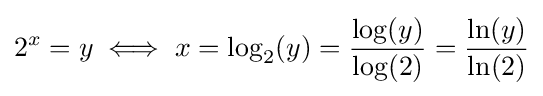
2^{x}=y\iff x=\log _{2}(y)={\frac {\log(y)}{\log(2)}}={\frac {\ln(y)}{\ln(2)}}